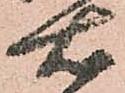
右